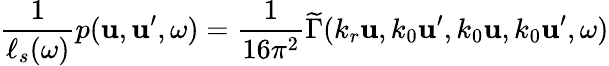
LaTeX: \frac{1}{\ell_{s}(\omega)}p(\boldsymbol{\mathbf{u}},\boldsymbol{\mathbf{u}}^{\prime},\omega)=\frac{1}{16\pi^{2}}\widetilde{\Gamma}(k_{r}\boldsymbol{\mathbf{u}},k_{0}\boldsymbol{\mathbf{u}}^{\prime},k_{0}\boldsymbol{\mathbf{u}},k_{0}\boldsymbol{\mathbf{u}}^{\prime},\omega)